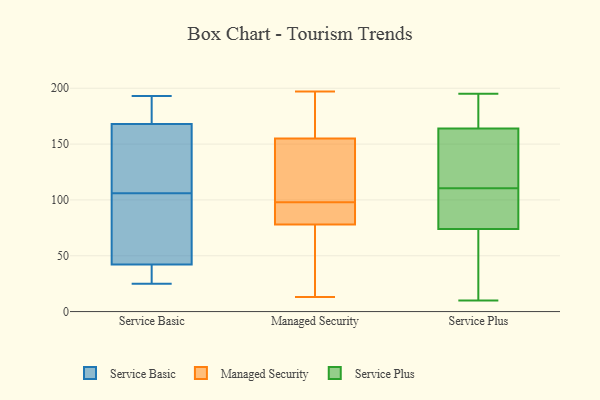
{"axis": {"x": "Population (Million)", "y": "Value"}, "legend": ["Managed Security", "Service Basic", "Service Plus"], "data": [{"x": "", "y": 147, "type": "Service Basic"}, {"x": "", "y": 184, "type": "Service Basic"}, {"x": "", "y": 193, "type": "Service Basic"}, {"x": "", "y": 36, "type": "Service Basic"}, {"x": "", "y": 35, "type": "Service Basic"}, {"x": "", "y": 175, "type": "Service Basic"}, {"x": "", "y": 106, "type": "Service Basic"}, {"x": "", "y": 25, "type": "Service Basic"}, {"x": "", "y": 128, "type": "Service Basic"}, {"x": "", "y": 61, "type": "Service Basic"}, {"x": "", "y": 78, "type": "Service Basic"}, {"x": "", "y": 50, "type": "Managed Security"}, {"x": "", "y": 105, "type": "Managed Security"}, {"x": "", "y": 45, "type": "Managed Security"}, {"x": "", "y": 13, "type": "Managed Security"}, {"x": "", "y": 177, "type": "Managed Security"}, {"x": "", "y": 190, "type": "Managed Security"}, {"x": "", "y": 104, "type": "Managed Security"}, {"x": "", "y": 197, "type": "Managed Security"}, {"x": "", "y": 133, "type": "Managed Security"}, {"x": "", "y": 70, "type": "Managed Security"}, {"x": "", "y": 87, "type": "Managed Security"}, {"x": "", "y": 87, "type": "Managed Security"}, {"x": "", "y": 178, "type": "Managed Security"}, {"x": "", "y": 110, "type": "Managed Security"}, {"x": "", "y": 86, "type": "Managed Security"}, {"x": "", "y": 92, "type": "Managed Security"}, {"x": "", "y": 103, "type": "Service Plus"}, {"x": "", "y": 133, "type": "Service Plus"}, {"x": "", "y": 94, "type": "Service Plus"}, {"x": "", "y": 55, "type": "Service Plus"}, {"x": "", "y": 184, "type": "Service Plus"}, {"x": "", "y": 52, "type": "Service Plus"}, {"x": "", "y": 174, "type": "Service Plus"}, {"x": "", "y": 157, "type": "Service Plus"}, {"x": "", "y": 118, "type": "Service Plus"}, {"x": "", "y": 74, "type": "Service Plus"}, {"x": "", "y": 181, "type": "Service Plus"}, {"x": "", "y": 81, "type": "Service Plus"}, {"x": "", "y": 41, "type": "Service Plus"}, {"x": "", "y": 83, "type": "Service Plus"}, {"x": "", "y": 161, "type": "Service Plus"}, {"x": "", "y": 195, "type": "Service Plus"}, {"x": "", "y": 164, "type": "Service Plus"}, {"x": "", "y": 10, "type": "Service Plus"}]}